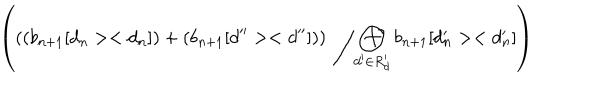
\left( \left( \left( b _ { n + 1 } [ d _ { n } > < d _ { n } ] \right) + \left( b _ { n + 1 } [ d ^ { \prime \prime } > < d ^ { \prime \prime } ] \right) \right) \; \left/ \bigoplus _ { d ^ { \prime } \in R _ { d } ^ { \prime } } b _ { n + 1 } [ d _ { n } ^ { \prime } > < d _ { n } ^ { \prime } ] \right. \right)